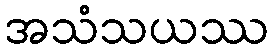
အသံသယဿ